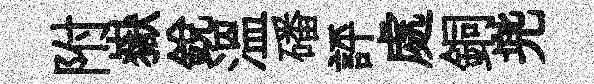
附嶽銳温磻評處銅兠